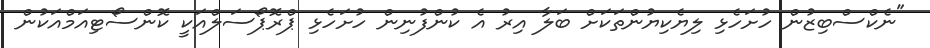
"ނެކްސްބިޒުން ހުށަހެޅި ލިޔެކިޔުންތަކަށް ބަލާ އިރު އެ ކުންފުނިން ހުށަހެޅި ޕްރޮޕޯސަލްއަކީ ކޮންސޯޓިއަމްއަކުން